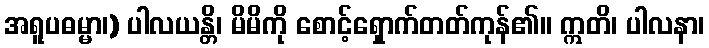
အရူပဓမ္မာ၊) ပါလယန္တိ၊ မိမိကို စောင့်ရှောက်တတ်ကုန်၏။ ဣတိ၊ ပါလနာ၊